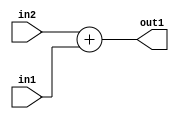
`timescale 1ps / 1ps
/*****************************************************************************
    Verilog RTL Description
    
    
    Created by: Stratus DpOpt 21.05.01 
*******************************************************************************/

module SobelFilter_Add_32Sx1U_32S_4 (
	in2,
	in1,
	out1
	); /* architecture "behavioural" */ 
input [31:0] in2;
input  in1;
output [31:0] out1;
wire [31:0] asc001;

assign asc001 = 
	+(in2)
	+(in1);

assign out1 = asc001;
endmodule

/* CADENCE  ubD4SA0= : u9/ySxbfrwZIxEzHVQQV8Q== ** DO NOT EDIT THIS LINE ******/